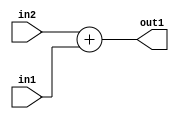
`timescale 1ps / 1ps
/*****************************************************************************
    Verilog RTL Description
    
    
    Created by: Stratus DpOpt 21.05.01 
*******************************************************************************/

module SobelFilter_Add_32Sx1U_32S_4 (
	in2,
	in1,
	out1
	); /* architecture "behavioural" */ 
input [31:0] in2;
input  in1;
output [31:0] out1;
wire [31:0] asc001;

assign asc001 = 
	+(in2)
	+(in1);

assign out1 = asc001;
endmodule

/* CADENCE  ubD4SA0= : u9/ySxbfrwZIxEzHVQQV8Q== ** DO NOT EDIT THIS LINE ******/